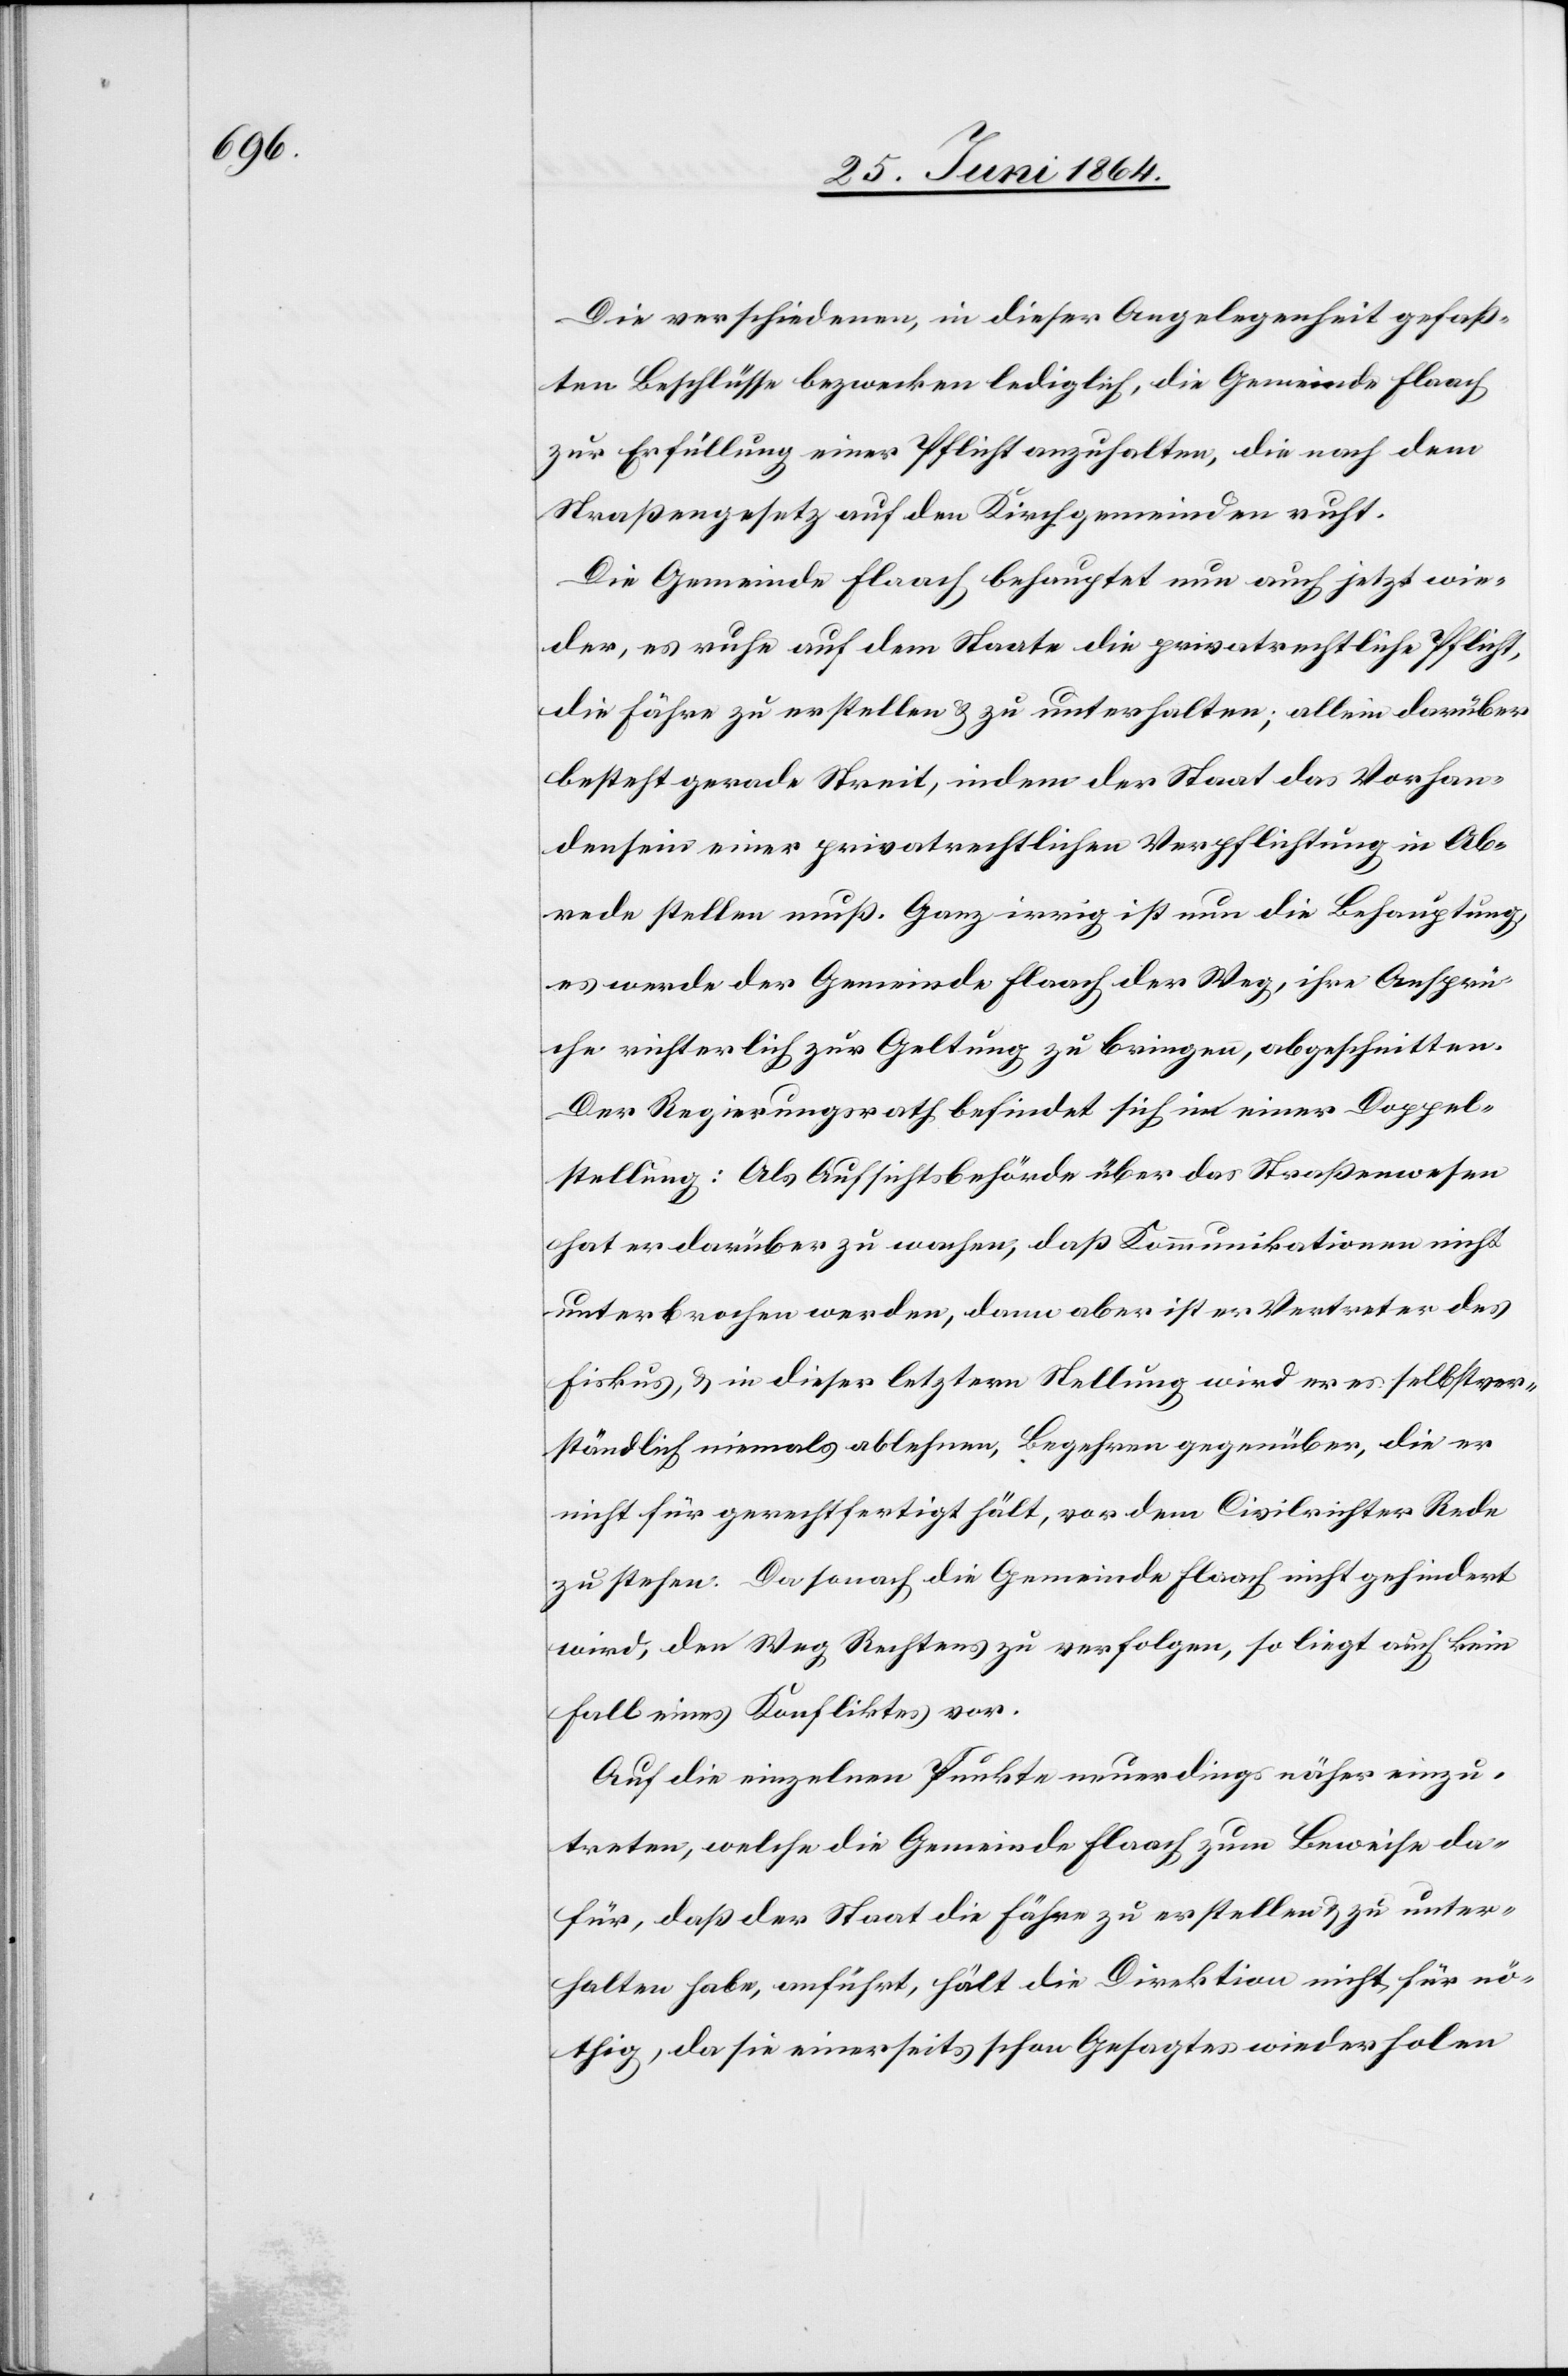
Die verschiedenen, in dieser Angelegenheit gefaß¬
ten Beschlüsse bezwecken lediglich, die Gemeinde Flaach
zur Erfüllung einer Pflicht anzuhalten, die nach dem
Straßengesetz auf den Kirchgemeinden ruht.
Die Gemeinde Flaach behauptet nun auch jetzt wie¬
der, es ruhe auf dem Staate die privatrechtliche Pflicht,
die Fähre zu erstellen u. zu unterhalten; allein darüber
besteht gerade Streit, indem der Staat das Vorhan¬
densein einer privatrechtlichen Verpflichtung in Ab¬
rede stellen muß. Ganz innig ist nun die Behauptung,
es werde der Gemeinde Flaach der Weg, ihre Ansprü¬
che richterlich zur Geltung zu bringen, abgeschnitten.
Der Regierungsrath befindet sich in einer Doppel¬
stellung: Als Aufsichtsbehörde über das Straßenwesen
hat er darüber zu wachen, daß Kommunikationen nicht
unterbrochen werden, dann aber ist er Vertreter des
Fiskus, u. in dieser letztern Stellung wird er es selbstver¬
ständlich niemals ablehnen, Begehren gegenüber, die er
nicht für gerechtfertigt hält, vor dem Civilrichter Rede
zu stehen. Da sonach die Gemeinde Flaach nicht gehindert
wird, den Weg Rechtens zu verfolgen, so liegt auch kein
Fall eines Konfliktes vor.
Auf die einzelnen Punkte neuerdings näher einzu¬
treten, welche die Gemeinde Flaach zum Beweise da¬
für, daß der Staat die Fähre zu erstellen u. zu unter¬
halten habe, anführt, hält die Direktion nicht für nö¬
thig, da sie einerseits schon Gesagtes wiederholen